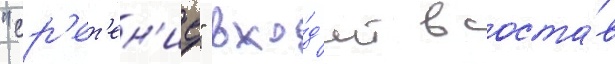
"ср'ет'ен'ие" вхо́д'ит в соста́в